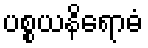
ပစ္စယနိရောဓံ